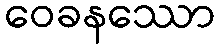
ဝေခနဿော